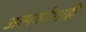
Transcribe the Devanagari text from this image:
अल्पवर्गशाही